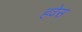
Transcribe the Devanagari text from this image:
हवेस